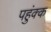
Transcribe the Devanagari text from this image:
पहुंक्क